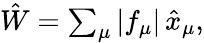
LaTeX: \begin{array}{r}{\hat{W}=\sum_{\mu}|f_{\mu}|\, \hat{x}_{\mu},}\end{array}